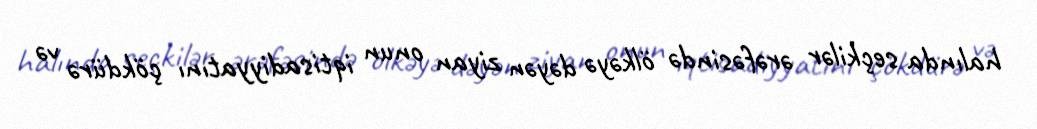
halında seçkilər ərəfəsində ölkəyə dəyən ziyan onun iqtisadiyyatını çökdürə və